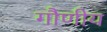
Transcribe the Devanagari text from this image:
गौणीय